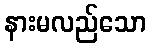
နားမလည်သော